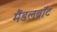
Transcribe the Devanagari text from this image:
मैंडलब्रॉट